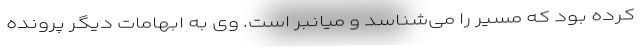
کرده بود که مسیر را می‌شناسد و میانبر است. وی به ابهامات دیگر پرونده